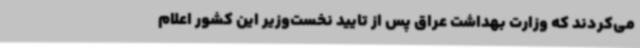
می‌کردند که وزارت بهداشت عراق پس از تایید نخست‌وزیر این کشور اعلام